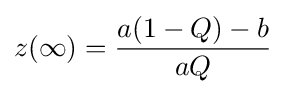
z(\infty )={\frac {a(1-Q)-b}{aQ}}